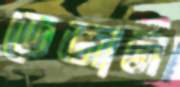
ডেজান